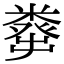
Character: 𥼈